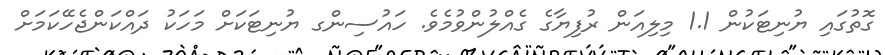
ގޮތުގައި ޔުނިޓަކުން 1.1 މިލިއަން ރުފިޔާގެ ގެއްލުންވުމެވެ. ހައުސިންގ ޔުނިޓަކަށް މަހަކު ދައްކަންޖެހޭކަމަށް